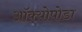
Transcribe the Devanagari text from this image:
ऑक्योपोडा